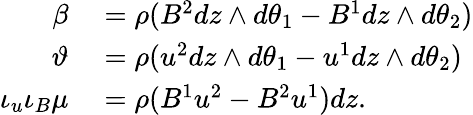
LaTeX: \begin{array}{rl}{\beta}&{{}=\rho(B^{2}dz\wedge d\theta_{1}-B^{1}dz\wedge d\theta_{2})}\\ {\vartheta}&{{}=\rho(u^{2}dz\wedge d\theta_{1}-u^{1}dz\wedge d\theta_{2})}\\ {\iota_{u}\iota_{B}\mu}&{{}=\rho(B^{1}u^{2}-B^{2}u^{1})dz.}\end{array}